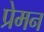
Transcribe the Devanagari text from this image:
प्रेमन